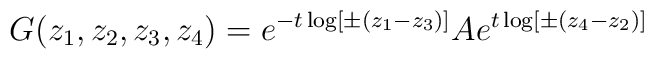
G(z_1, z_2, z_3, z_4)=e^{-t\log [\pm (z_1-z_3)]}Ae^{t\log [\pm (z_4-z_2)]}